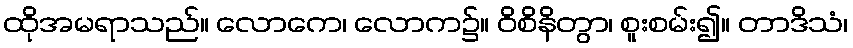
ထိုအမရာသည်။ လောကေ၊ လောက၌။ ဝိစိနိတွာ၊ စူးစမ်း၍။ တာဒိသံ၊